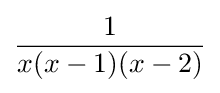
{\frac {1}{x(x-1)(x-2)}}